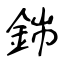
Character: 銟